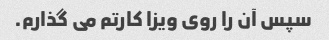
سپس آن را روی ویزا کارتم می گذارم.